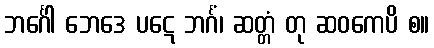
ဘင်္ဂေါ ဘေဒေ ပဋေ ဘင်္ဂံ၊ ဆတ္တံ တု ဆဝကေပိ စ။